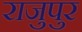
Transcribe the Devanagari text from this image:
राजुपुर